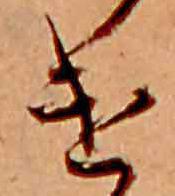
け